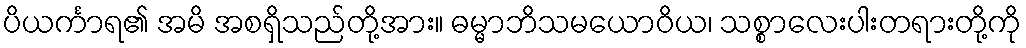
ပိယင်္ကာရ၏ အမိ အစရှိသည်တို့အား။ ဓမ္မာဘိသမယောဝိယ၊ သစ္စာလေးပါးတရားတို့ကို